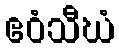
ဧဝံသီဃံ